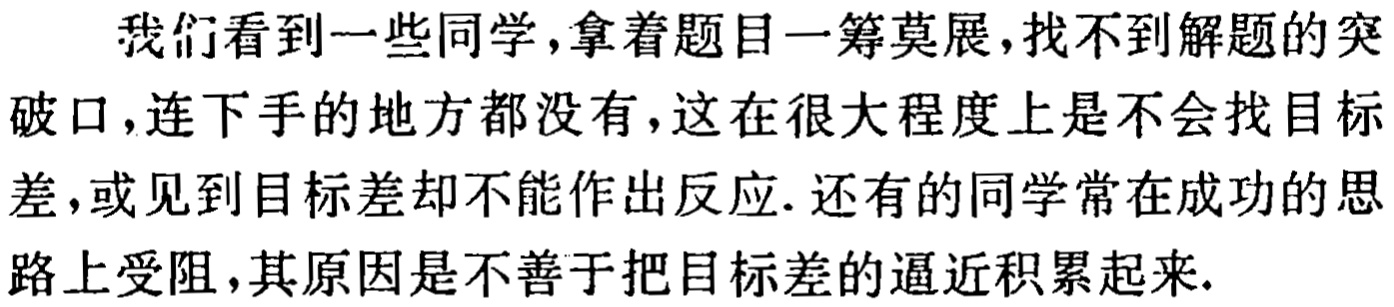
我们看到一些同学,拿着题目一筹莫展,找不到解题的突破口,连下手的地方都没有,这在很大程度上是不会找目标差,或见到目标差却不能作出反应. 还有的同学常在成功的思路上受阻,其原因是不善于把目标差的逼近积累起来.